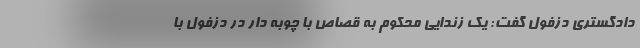
دادگستری دزفول گفت: یک زندایی محکوم به قصاص با چوبه دار در دزفول با